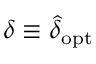
\delta \equiv \hat { \delta } _ { \mathrm { o p t } }